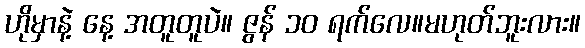
ဟိုမှာနဲ့ နေ့ အတူတူပဲ။ ဇွန် ၁၀ ရက်လေ။မဟုတ်ဘူးလား။